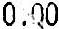
0.00